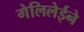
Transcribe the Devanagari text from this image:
गेलिलेईने